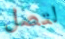
لتصل